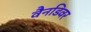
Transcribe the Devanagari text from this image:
वैनडिवर